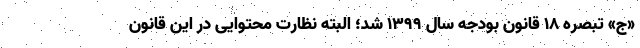
«ج» تبصره ۱۸ قانون بودجه سال ۱۳۹۹ شد؛ البته نظارت محتوایی در این قانون